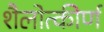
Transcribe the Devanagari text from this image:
शैलोत्कीर्ण